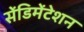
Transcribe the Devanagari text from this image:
सेंडिमेंटेशन